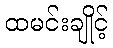
ထမင်းချိုင့်